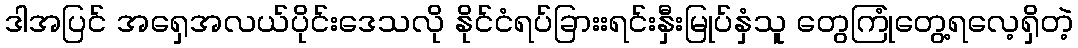
ဒါအပြင် အရှေအလယ်ပိုင်းဒေသလို နိုင်ငံရပ်ခြားးရင်းနှီးမြုပ်နှံသူ တွေကြုံတွေ့ရလေ့ရှိတဲ့